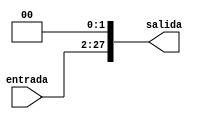
module ShiftLeft_Mini(
input [25:0] entrada,
output reg [27:0] salida
);

assign salida=entrada<<2;

endmodule